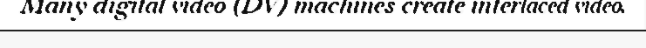
Many digital video (DV) machines create interlaced video.